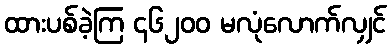
ထားပစ်ခဲ့ကြ ၄၆၂၀၀ မလုံလောက်လျှင်